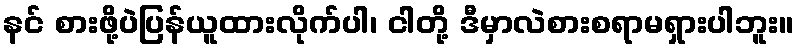
နင် စားဖို့ပဲပြန်ယူထားလိုက်ပါ၊ ငါတို့ ဒီမှာလဲစားစရာမရှားပါဘူး။